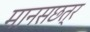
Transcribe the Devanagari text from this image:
मानसछत्र